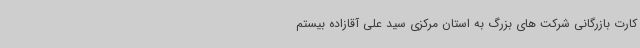
کارت بازرگانی شرکت های بزرگ به استان مرکزی سید علی آقازاده بیستم